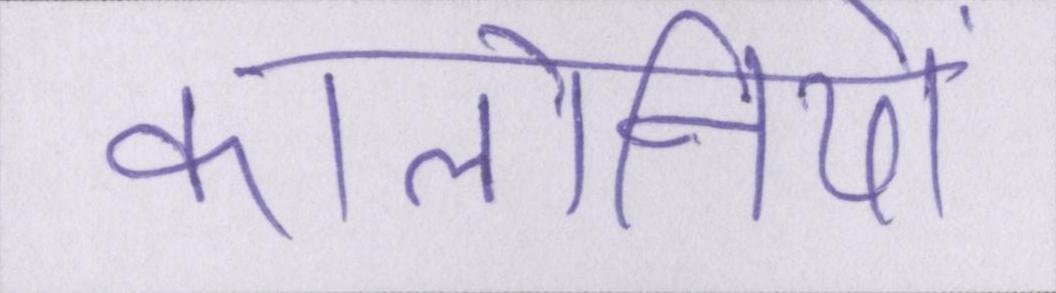
कॉलोनियों